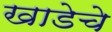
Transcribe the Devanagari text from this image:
खाडेचे